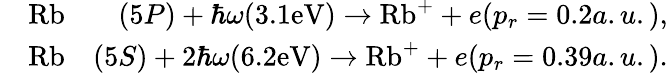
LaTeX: \begin{array}{rlr}&{\mathrm{Rb}}&{(5P)+\hbar\omega(3.1\mathrm{{eV}})\rightarrow\mathrm{{Rb}}^{+}+e(p_{r}=0.2a.u.),}\\ &{\mathrm{Rb}}&{(5S)+2\hbar\omega(6.2\mathrm{{eV}})\rightarrow{\mathrm{Rb}}^{+}+e(p_{r}=0.39a.u.).}\end{array}